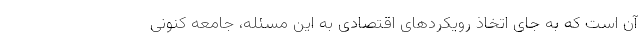
آن است که به جای اتخاذ رویکردهای اقتصادی به این مسئله، جامعه کنونی